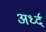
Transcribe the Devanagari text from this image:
अर्ध्द